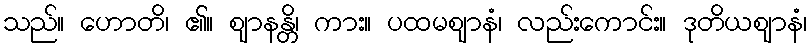
သည်။ ဟောတိ၊ ၏။ ဈာနန္တိ၊ ကား။ ပထမဈာနံ၊ လည်းကောင်း။ ဒုတိယဈာနံ၊